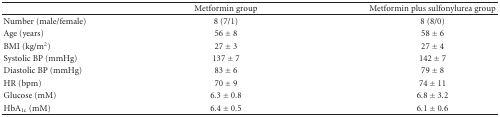
<table><thead><tr><td></td><td><b>Metformin group</b></td><td><b>Metformin plus sulfonylurea group</b></td></tr></thead><tbody><tr><td>Number (male/female)</td><td>8 (7/1)</td><td>8 (8/0)</td></tr><tr><td>Age (years)</td><td>56 ± 8</td><td>58 ± 6</td></tr><tr><td>BMI (kg/m<sup>2</sup>)</td><td>27 ± 3</td><td>27 ± 4</td></tr><tr><td>Systolic BP (mmHg)</td><td>137 ± 7</td><td>142 ± 7</td></tr><tr><td>Diastolic BP (mmHg)</td><td>83 ± 6</td><td>79 ± 8</td></tr><tr><td>HR (bpm)</td><td>70 ± 9</td><td>74 ± 11</td></tr><tr><td>Glucose (mM)</td><td>6.3 ± 0.8</td><td>6.8 ± 3.2</td></tr><tr><td>HbA<sub>1c</sub> (mM)</td><td>6.4 ± 0.5</td><td>6.1 ± 0.6</td></tr></tbody></table>